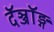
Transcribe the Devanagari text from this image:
दॅञ्जॉङ्ग